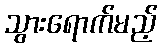
သွားရောက်မည့်